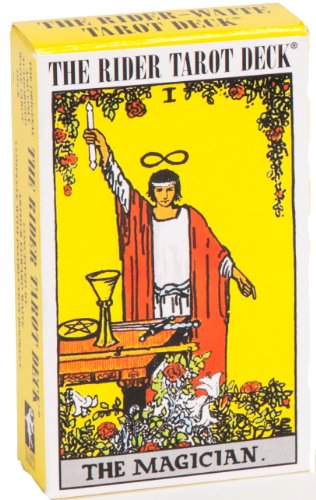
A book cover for The Rider Tarot Deck; Arthur Edward Waite; Religion & Spirituality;